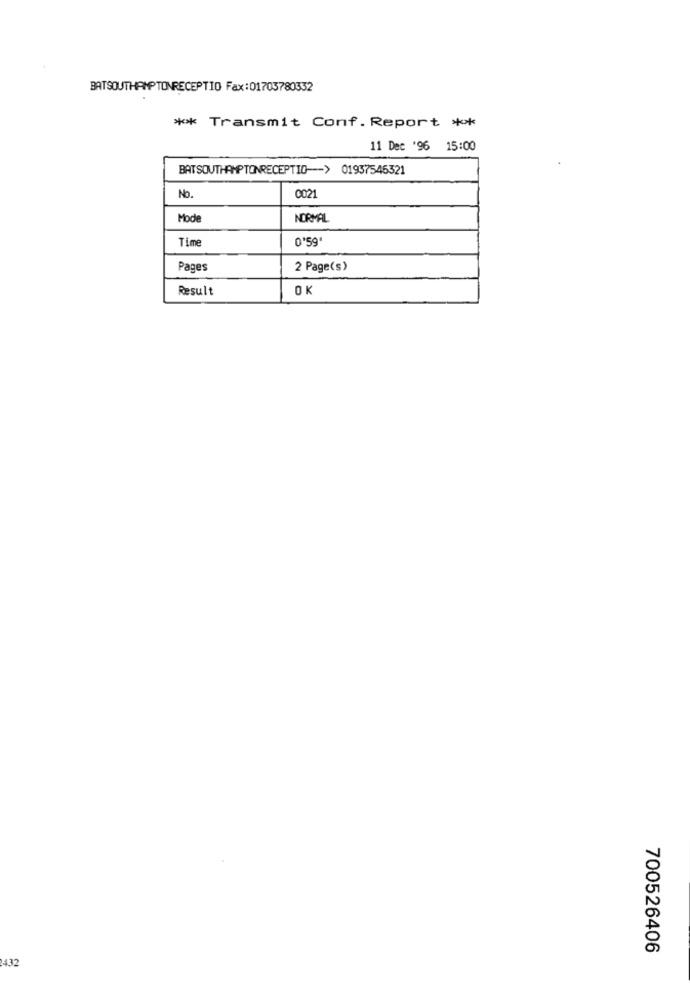
BATSOUTHAMPTONRECEPTIO Fax:01703780332
* Transmit Conf. Report **
11 Dec '96 15:00
BATSOUTHAMPTONRECEPTIO -- > 01937545321
0021
No.
Mode
NORMAL
Time
0'59'
Pages
2 Page(s)
Result
OK
700526406
432